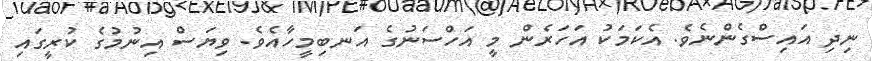
ނިދި އައިސްގެންނެވެ. އެކަމަކު އަހަރެން މީ އަހްސަނުގެ އަނބިމީހާއެވެ. ވިޔަސް އިނުމުގެ ކުރީގައި